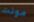
مونت